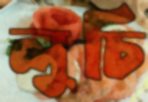
লুচি